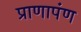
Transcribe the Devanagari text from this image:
प्राणापंण